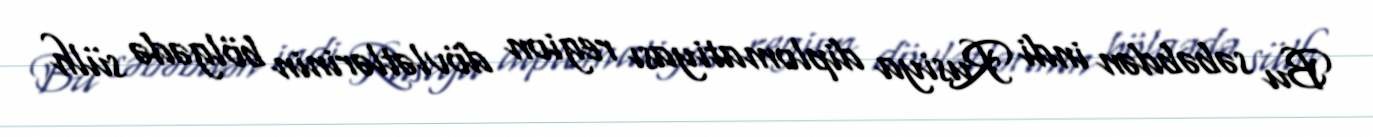
Bu səbəbdən indi Rusiya diplomatiyası region dövlətlərinin bölgədə sülh